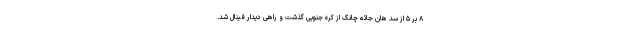
۸ بر ۵ از سد هان جائه چانگ از کره جنوبی گذشت و راهی دیدار فینال شد.